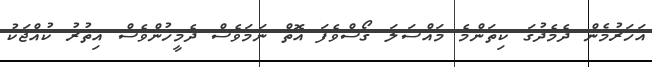
އަހަރުމެން ދެމެދުގަ ކިތަންމެ މައްސަލަ ގޯސްވެފަ އޮތް ނަމަވެސް ދެމީހުންވެސް އިތުރު ކުއްޖަކު